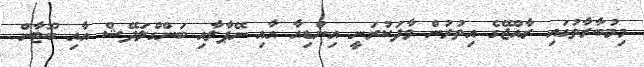
މިމުބާރާތުގައި ރާއްޖޭގެ އިތުރުން ވާދަކުރަނީ އިންޑިއާ އާއި ނޭޕާލާއި ބަންގްލަދޭޝް އާއި ބޫޓާން